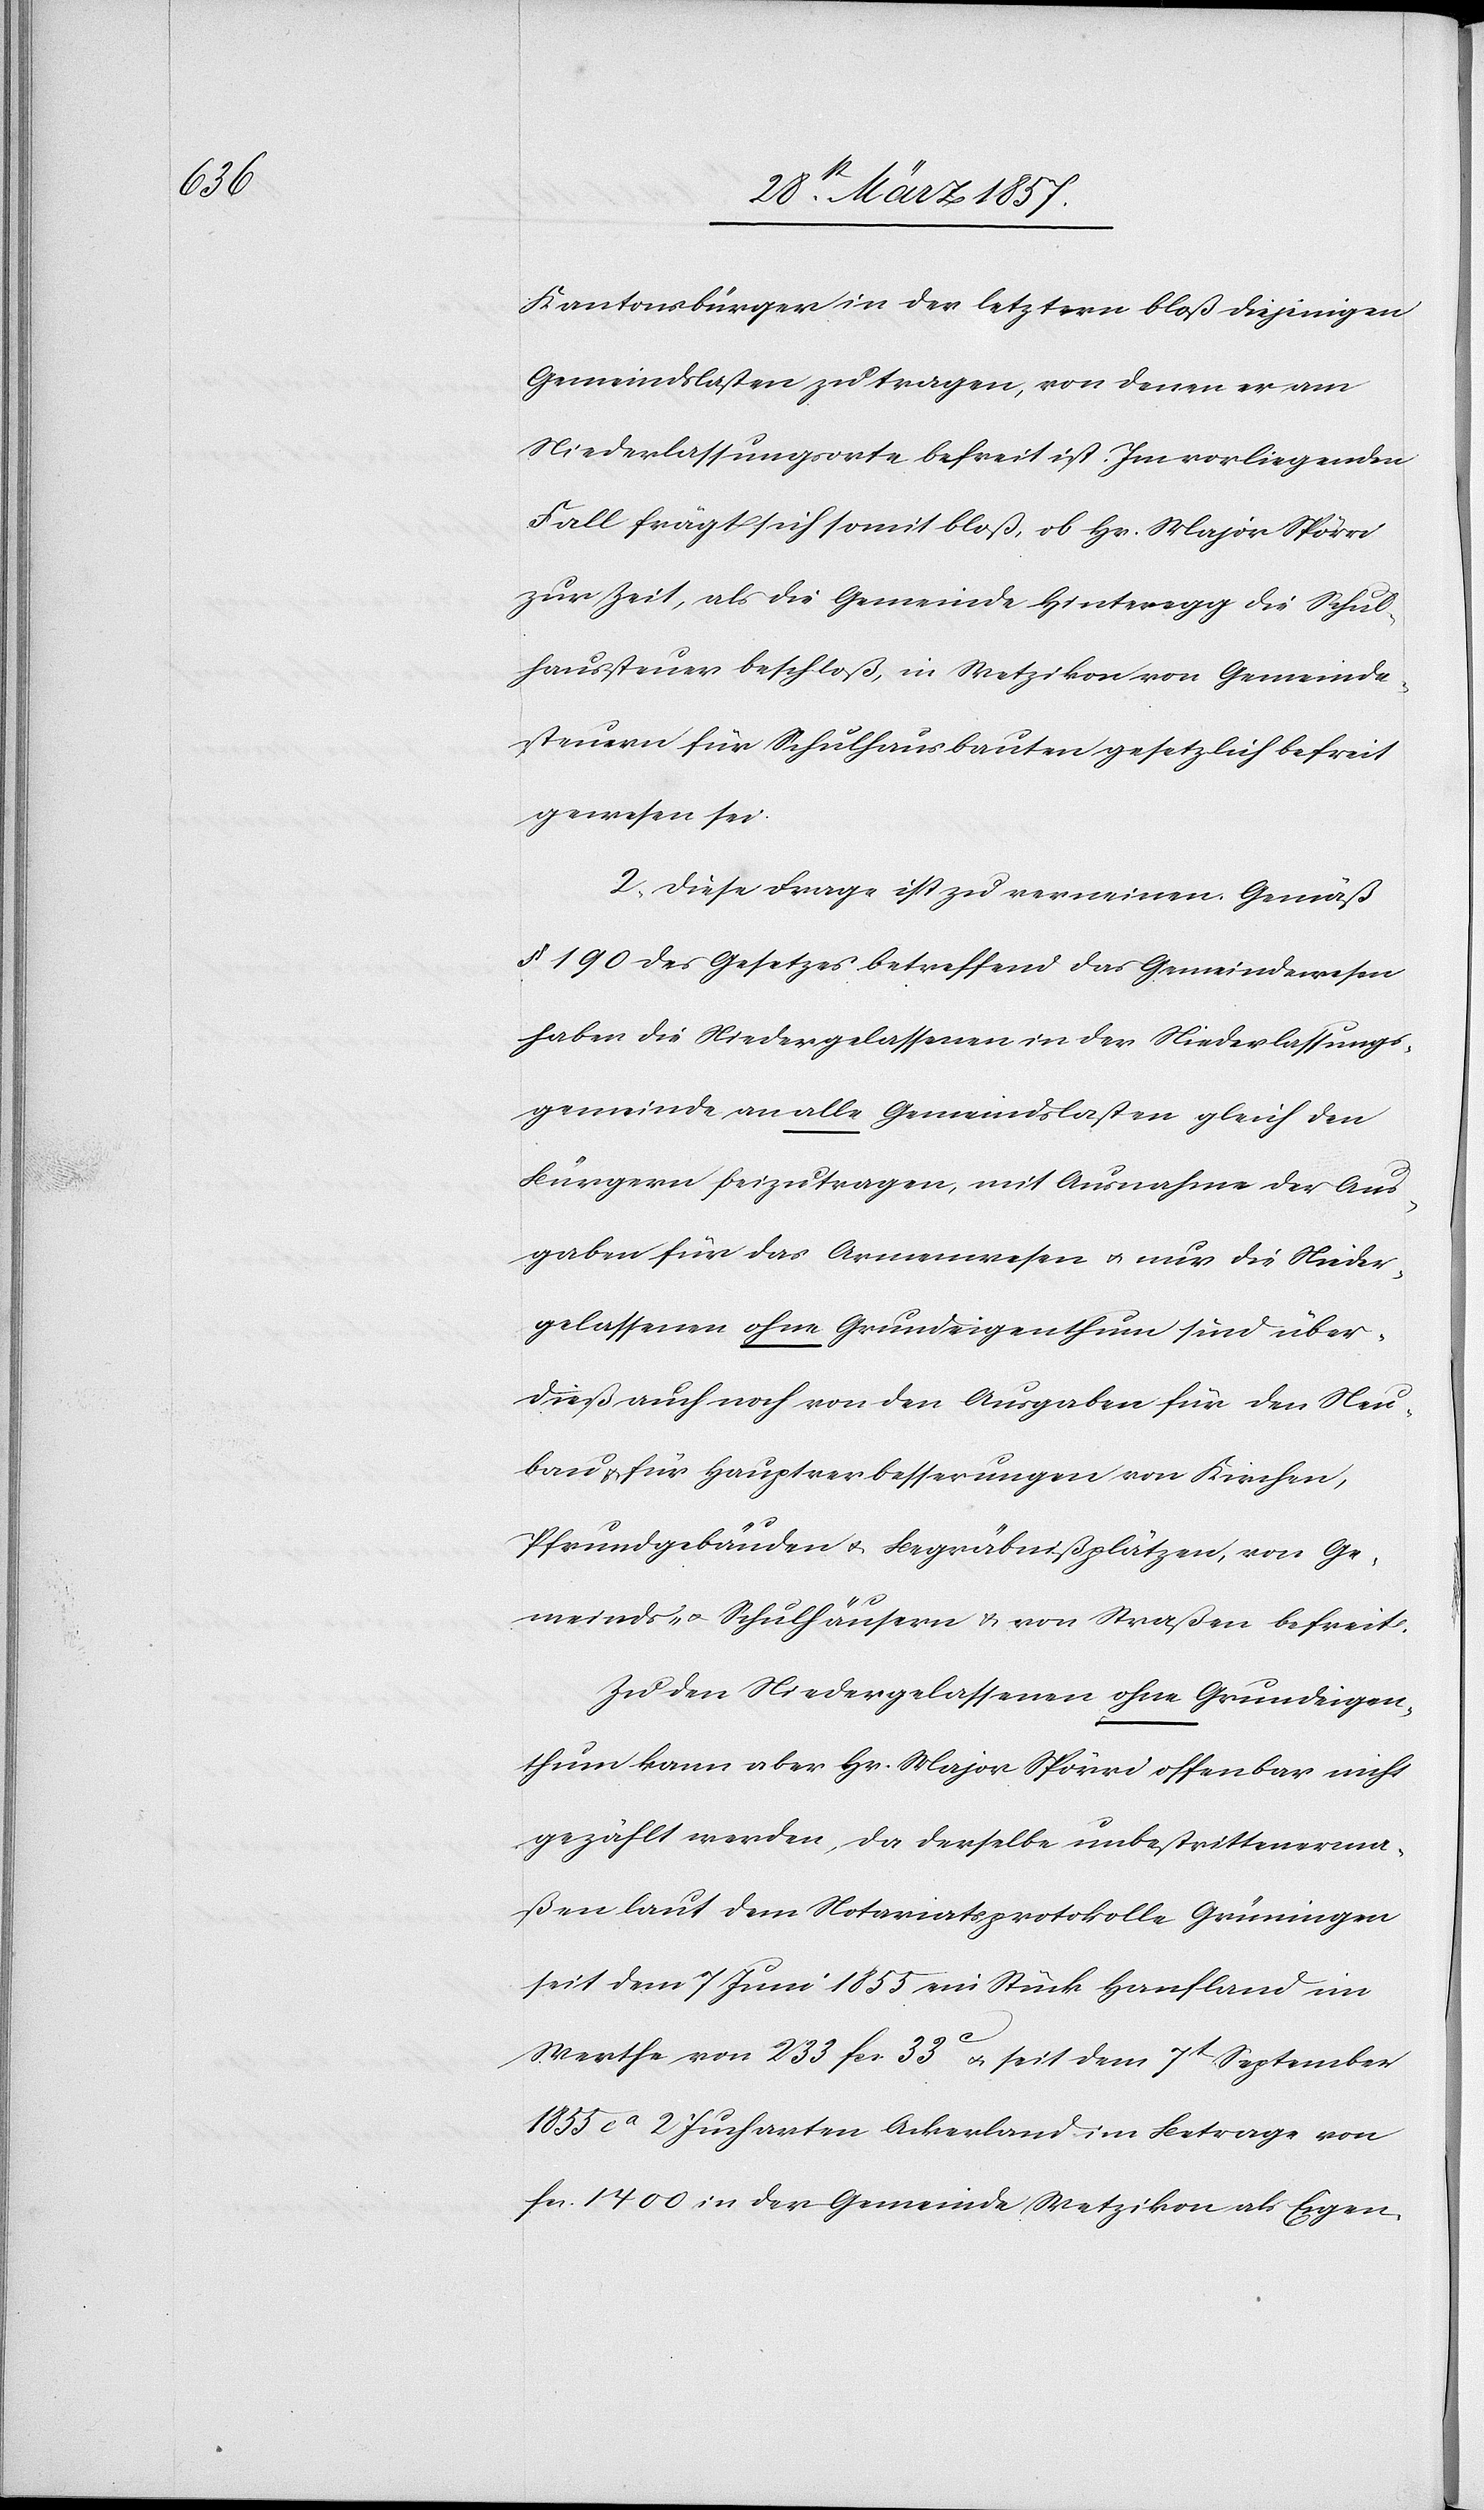
Kantonsbürger in der letztern bloß diejenigen
Gemeindslasten zu tragen, von denen er am
Niederlassungsorte befreit ist. Im vorliegenden
Fall frägt sich somit bloß, ob Hr. Major Spörri
zur Zeit, als die Gemeinde Hinteregg die Schul¬
haussteuer beschloß, in Wetzikon von Gemeinde¬
steuern für Schulhausbauten gesetzlich befreit
gewesen sei.
2. Diese Frage ist zu verneinen. Gemäß
§ 190 des Gesetzes betreffend das Gemeindewesen
haben die Niedergelassenen in der Niederlassungs¬
gemeinde an alle Gemeindslasten gleich den
Bürgern beizutragen, mit Ausnahme der Aus¬
gaben für das Armenwesen u. nur die Nieder¬
gelassenen ohne Grundeigenthum sind über¬
dieß auch noch von den Ausgaben für den Neu¬
bau u. für Hauptverbesserungen von Kirchen,
Pfrundgebäuden u. Begräbnißplätzen, von Ge¬
meinds- u. Schulhäusern u. von Straßen befreit.
Zu den Niedergelassenen ohne Grundeigen¬
thum kann aber Hr. Major Spörri offenbar nicht
gezählt werden, da derselbe unbestrittenerma¬
ßen laut dem Notariatprotokolle Grüningen
seit dem 7 Juni 1853 ein Stück Hanfland im
Werthe von 233 fr. 33 C u. seit dem 7t September
1855 ca 2 Jucharten Ackerland im Betrage von
fr. 1400 in der Gemeinde Wetzikon als Eigen-